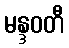
မန္ဒဝတီ